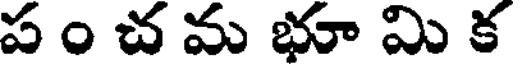
ప ం చ మ భూ మి క